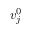
\v { v } _ { j } ^ { 0 }